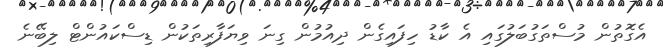
އެގޮތުން މުސްތަގުބަލުގައި އެ ކާޑު ހިފައިގެން ދިއުމުން ގިނަ ވިޔަފާރިތަކުން ޑިސްކައުންޓް ލިބޭނެ